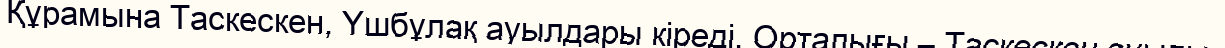
Құрамына Таскескен, Үшбұлақ ауылдары кіреді. Орталығы – Таскескен ауылы.